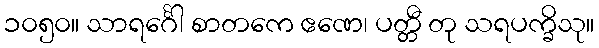
၁၀၅၀။ သာရင်္ဂေါ စာတကေ ဧဏေ၊ ပတ္တီ တု သရပက္ခိသု။